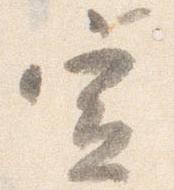
宣